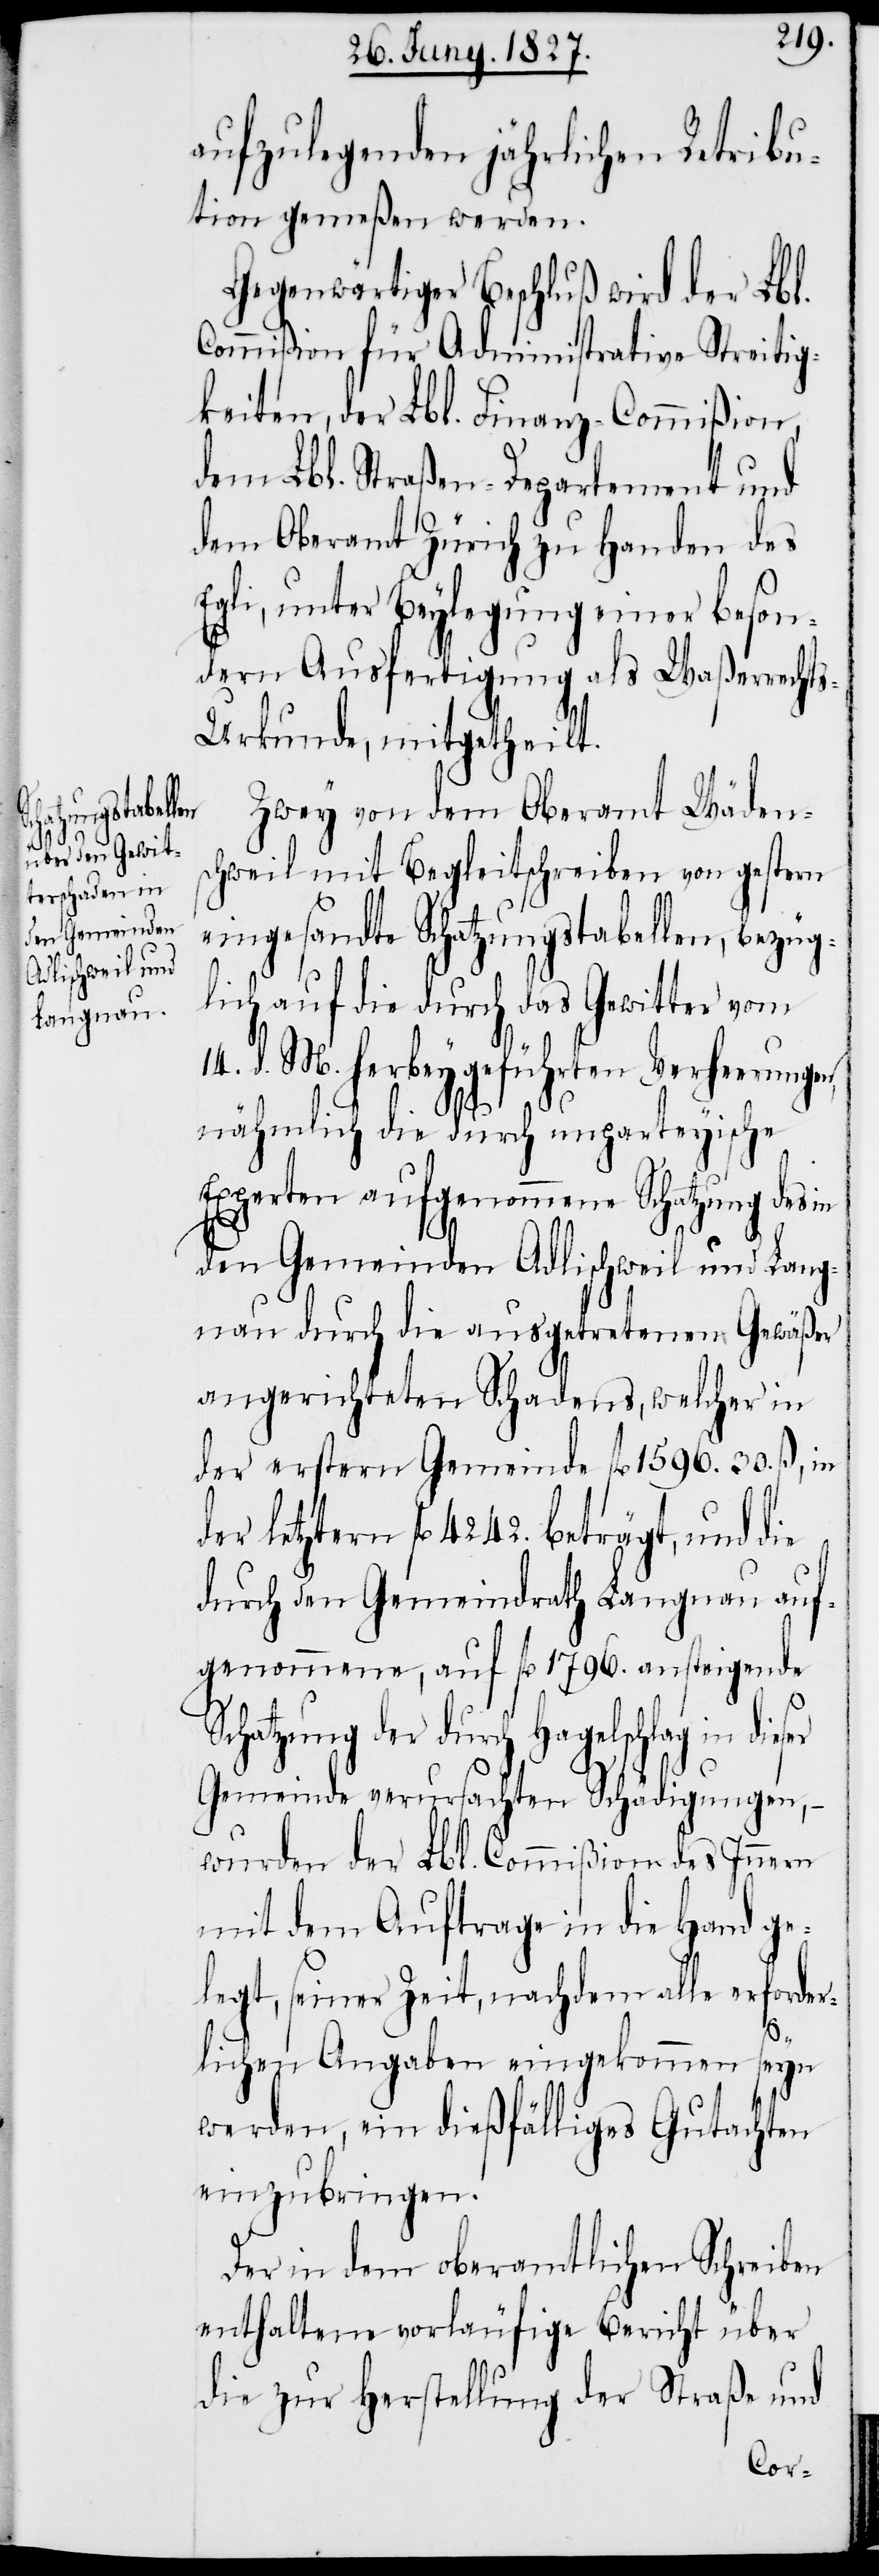
S¬

aufzulegenden jährlichen Retribu¬
tion gemeßen werden.
Gegenwärtiger Beschluß wird der Lbl.
Commißion für Administrative Streitig¬
keiten, der Lbl. Finanz-Commißion,
dem Lbl. Straßen-Departement und
dem Oberamt Zürich zu Handen des
Egli, unter Beylegung einer beson¬
dern Ausfertigung als Waßerrecht¬
s-Urkunde mitgetheilt.
Zwey von dem Oberamt Wädens¬
chweil mit Begleitschreiben von gestern
eingesandte Schatzungstabellen, bezüg¬
lich auf die durch das Gewitter vom
d. M. herbeygeführten Verheerunge¬
nähmlich die durch unparteyische
Experten aufgenommene Schatzung des in
den Gemeinden Adlischweil und Lang¬
nau durch die ausgetretenen Gewäßer
angerichteten Schadens, welcher in
der erstern Gemeinde fl. 1596. 30. ß, in
der letztern fl. 4242. beträgt, und die
durch den Gemeindrath Langnau auf¬
genommene, auf fl. 1796. ansteigende
chatzung der durch Hagelschlag in
Gemeinde verursachten Schädigungen,
wurden der Lbl. Commißion des Innern
mit dem Auftrage in die Hand ge¬
legt, seiner Zeit, nachdem alle erforder¬
lichen Angaben eingekommen seyn
werden, ein dießfälliges Gutachten
einzubringen.
Der in dem oberamtlichen Schreiben
enthaltene vorläufige Bericht über
die zur Herstellung der Straße und